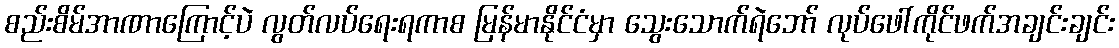
စည်းစိမ်အာဏာကြောင့်ပဲ လွတ်လပ်ရေးရကာစ မြန်မာနိုင်ငံမှာ သွေးသောက်ရဲဘော် လုပ်ဖေါ်ကိုင်ဖက်အချင်းချင်း